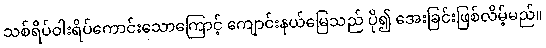
သစ်ရိပ်ဝါးရိပ်ကောင်းသောကြောင့် ကျောင်းနယ်မြေသည် ပို၍ အေးခြင်းဖြစ်လိမ့်မည်။